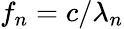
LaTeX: f_{n}=c/\lambda_{n}